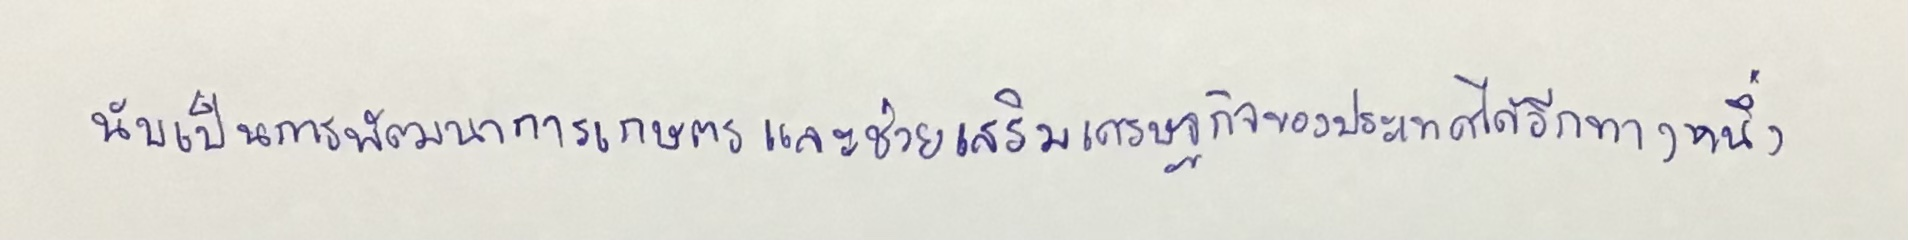
นับเป็นการพัฒนาการเกษตรและช่วยเสริมเศรษฐกิจของประเทศได้อีกทางหนึ่ง